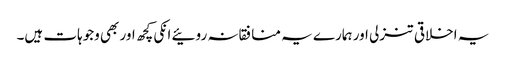
یہ اخلاقی تنزلی اور ہمارے یہ منافقانہ روئیے انکی کچھ اور بھی وجوہات ہیں۔